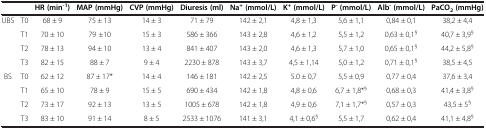
<table><thead><tr><td><b> </b></td><td><b> </b></td><td><b>HR (min<sup>-1</sup>)</b></td><td><b>MAP (mmHg)</b></td><td><b>CVP (mmHg)</b></td><td><b>Diuresis (ml)</b></td><td><b>Na<sup>+ </sup>(mmol/L)</b></td><td><b>K<sup>+ </sup>(mmol/L)</b></td><td><b>P<sup>-</sup> (mmol/L)</b></td><td><b>Alb<sup>-</sup> (mmol/L)</b></td><td><b>PaCO<sub>2 </sub>(mmHg)</b></td></tr></thead><tbody><tr><td>UBS</td><td>T0</td><td>68 ± 9</td><td>75 ± 13</td><td>14 ± 3</td><td>71 ± 79</td><td>142 ± 2,1</td><td>4,8 ± 1,3</td><td>5,6 ± 1,1</td><td>0,84 ± 0,1</td><td>38,2 ± 4,4</td></tr><tr><td> </td><td>T1</td><td>70 ± 10</td><td>79 ±10</td><td>15 ± 3</td><td>586 ± 366</td><td>143 ± 2,8</td><td>4,6 ± 1,2</td><td>5,5 ± 1,2</td><td>0,63 ± 0,1<sup>§</sup></td><td>40,7 ± 3,9<sup>§</sup></td></tr><tr><td> </td><td>T2</td><td>78 ± 13</td><td>94 ± 10</td><td>13 ± 4</td><td>841 ± 407</td><td>143 ± 2,0</td><td>4,6 ± 1,3</td><td>5,7 ± 1,0</td><td>0,65 ± 0,1<sup>§</sup></td><td>44,2 ± 5,8<sup>§</sup></td></tr><tr><td> </td><td>T3</td><td>82 ± 15</td><td>88 ± 7</td><td>9 ± 4</td><td>2230 ± 878</td><td>143 ± 3,7</td><td>4,5 ± 1,14</td><td>5,0 ± 1,2</td><td>0,71 ± 0,1<sup>§</sup></td><td>38,5 ± 4,5</td></tr><tr><td>BS</td><td>T0</td><td>62 ± 12</td><td>87 ± 17*</td><td>14 ± 4</td><td>146 ± 181</td><td>142 ± 2,5</td><td>5.0 ± 0,7</td><td>5,5 ± 0,9</td><td>0,77 ± 0,4</td><td>37,6 ± 3,4</td></tr><tr><td> </td><td>T1</td><td>65 ± 10</td><td>78 ± 9</td><td>15 ± 5</td><td>690 ± 434</td><td>142 ± 1,8</td><td>4,8 ± 0,6</td><td>6,7 ± 1,8*<sup>§</sup></td><td>0,68 ± 0,3</td><td>41,4 ± 3,8<sup>§</sup></td></tr><tr><td> </td><td>T2</td><td>73 ± 17</td><td>92 ± 13</td><td>13 ± 5</td><td>1005 ± 678</td><td>142 ± 1,8</td><td>4,9 ± 0,6</td><td>7,1 ± 1,7*<sup>§</sup></td><td>0,57 ± 0,3</td><td>43,5 ± 5<sup>§</sup></td></tr><tr><td> </td><td>T3</td><td>83 ± 10</td><td>91 ± 14</td><td>8 ± 5</td><td>2533 ± 1076</td><td>141 ± 3,1</td><td>4,1 ± 0,6<sup>§</sup></td><td>5,5 ± 1,7</td><td>0,62 ± 0,4</td><td>41,1 ± 4,8<sup>§</sup></td></tr></tbody></table>